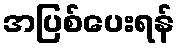
အပြစ်ပေးရန်